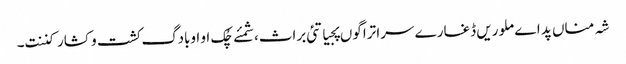
شہ مناں پد اے ملوریں ڈغارے سرا تراگوں پجیاتئی براث،شمئے چُک او اوبادگ کشت و کشار کننت۔